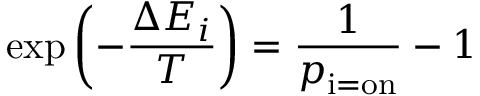
\exp \left( - { \frac { \Delta E _ { i } } { T } } \right) = { \frac { 1 } { p _ { \mathrm { i = o n } } } } - 1